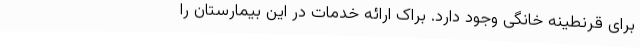
برای قرنطینه خانگی وجود دارد. براک ارائه خدمات در این بیمارستان را